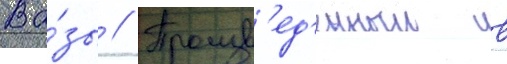
Ва́зы // Произв'ед'енныи в